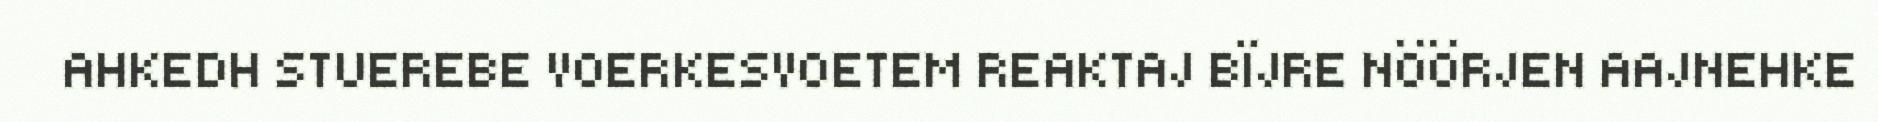
AHKEDH STUEREBE VOERKESVOETEM REAKTAJ BÏJRE NÖÖRJEN AAJNEHKE